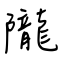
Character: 隴